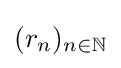
(r_{n})_{n\in \mathbb {N} }